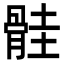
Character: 䯓